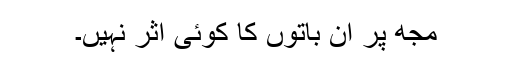
مجھ پر ان باتوں کا کوئی اثر نہیں۔